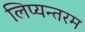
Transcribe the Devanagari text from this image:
लिप्यन्तरम